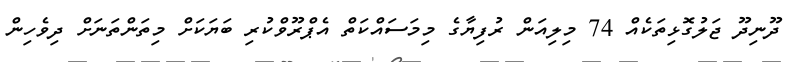
ދޫނިދޫ ޖަލުގޮޅިތަކެއް 74 މިލިއަން ރުފިޔާގެ މިމަސައްކަތް އެޕްރޫވްކުރި ބަޔަކަށް މިތަންތަނަށް ދިވެހިން